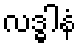
လဒ္ဓါနံ